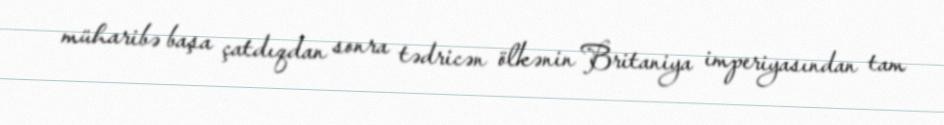
müharibə başa çatdıqdan sonra tədricən ölkənin Britaniya imperiyasından tam